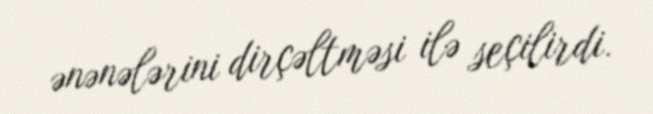
ənənələrini dirçəltməsi ilə seçilirdi.